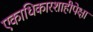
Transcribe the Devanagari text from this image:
एकाधिकारशाहीपेक्षा